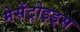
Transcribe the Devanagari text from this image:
मेसेंट्रोइड्स